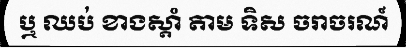
ឬ ឈប់ ខាងស្តាំ តាម ទិស ចរាចរណ៍